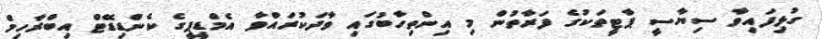
ގުޅިފައިވާ ސިޔާސީ ޕާޓީތަކުގެ ފަރާތުން މި އިންތިހާބުގައި ވާދަކުރައްވާ އެމްޑީޕީގެ ކެންޑިޑޭޓް އިބްރާހިމް